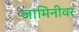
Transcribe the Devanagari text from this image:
जामिनीवर